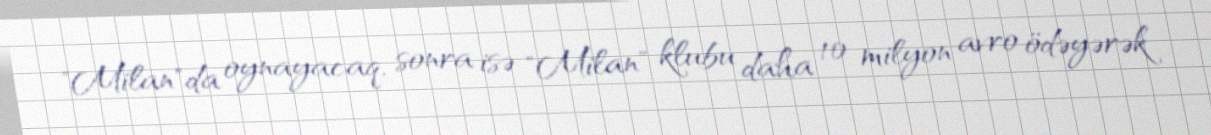
"Milan"da oynayacaq, sonra isə "Milan" klubu daha 10 milyon avro ödəyərək